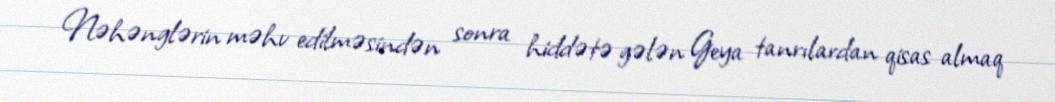
Nəhənglərin məhv edilməsindən sonra hiddətə gələn Geya tanrılardan qisas almaq